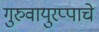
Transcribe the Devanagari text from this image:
गुरुवायुरप्पाचे